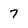
Character: 7